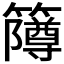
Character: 𫂫